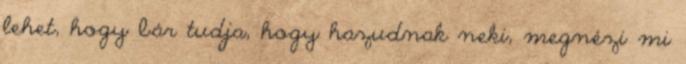
lehet, hogy bár tudja, hogy hazudnak neki, megnézi mi